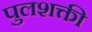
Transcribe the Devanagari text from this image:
पुलशक्ती